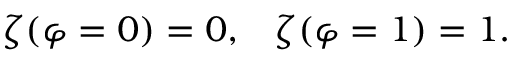
\zeta ( \varphi = 0 ) = 0 , \; \; \; \zeta ( \varphi = 1 ) = 1 .